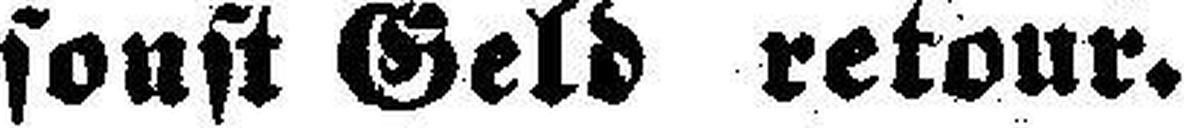
sonst Geld retour.